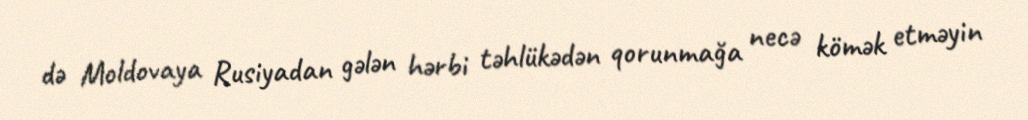
də Moldovaya Rusiyadan gələn hərbi təhlükədən qorunmağa necə kömək etməyin